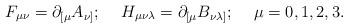
LaTeX: \begin{align*}F_{\mu \nu} = \partial_{[\mu} A_{\nu ]}; \hskip 0.5cm H_{\mu \nu \lambda} = \partial_{[\mu} B_{\nu \lambda ]}; \hskip 0.5cm \mu = 0, 1, 2, 3. \end{align*}